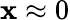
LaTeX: \mathbf{x}\approx0